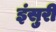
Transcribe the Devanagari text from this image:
इंसुरी